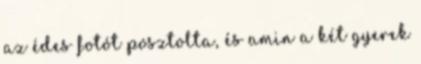
az édes fotót posztolta, és amin a két gyerek